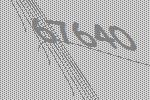
67640